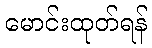
မောင်းထုတ်ရန်